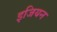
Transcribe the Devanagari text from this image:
इजियन